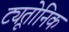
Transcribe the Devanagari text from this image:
ट्यूतोनिक